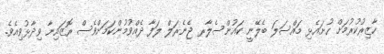
ހާޒިރުކުރުމަށް ހުށައެޅި މައްސަލަ ބެލޭނީ ކައުންސެލާރ ޖެނެރަލް ލަފާ ދެއްވުމުންކަމަށްވެސް ރޮޒައިނާ ވިދާޅުވިއެވެ.